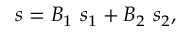
s = B _ { 1 } \ s _ { 1 } + B _ { 2 } \ s _ { 2 } ,